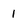
Character: 1